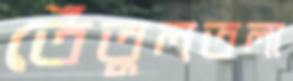
তেঁতুলতলা